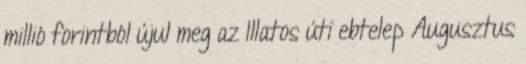
millió forintból újul meg az Illatos úti ebtelep Augusztus